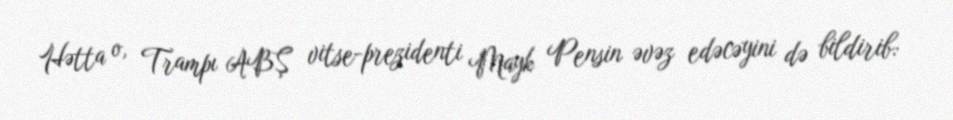
Hətta o, Trampı ABŞ vitse-prezidenti Mayk Pensin əvəz edəcəyini də bildirib: